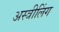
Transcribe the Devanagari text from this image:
अस्त्रीलिंग